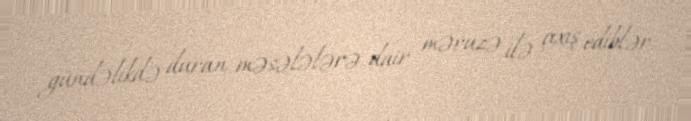
gündəlikdə duran məsələlərə dair məruzə ilə çıxış ediblər.